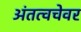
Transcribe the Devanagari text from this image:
अंतत्वचेवर